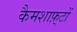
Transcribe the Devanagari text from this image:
कैमशाफ़्टों